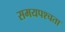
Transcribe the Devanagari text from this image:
समयपश्चता